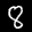
Label: 8